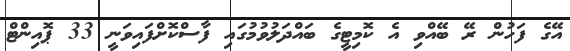
އޭގެ ފަހުން ރޭ ބޭއްވި އެ ކޮމިޓީގެ ބައްދަލުވުމުގައި ފާސްކޮށްފައިވަނީ 33 ޕޮއިންޓް